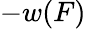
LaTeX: -w(F)